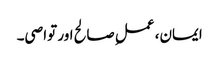
ایمان، عملِ صالح اور تواصی۔